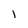
Character: I